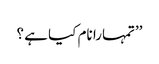
’’تمہارا نام کیا ہے ؟